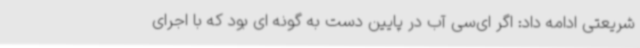
شریعتی ادامه داد: اگر ای‌سی آب در پایین دست به گونه ای بود که با اجرای